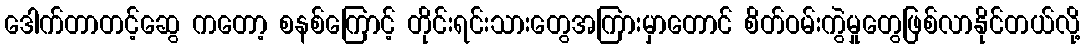
ဒေါက်တာတင့်ဆွေ ကတော့ စနစ်ကြောင့် တိုင်းရင်းသားတွေအကြားမှာတောင် စိတ်ဝမ်းကွဲမှုတွေဖြစ်လာနိုင်တယ်လို့